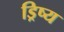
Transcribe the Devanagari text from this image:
ड्रिष्य